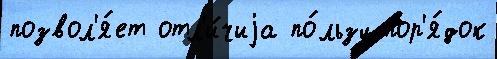
позвол'я́ет отл'и́чиjа по́льзу пор'я́док